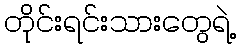
တိုင်းရင်းသားတွေရဲ့